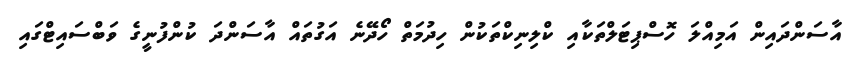
އާސަންދައިން އަމިއްލަ ހޮސްޕިޓަލްތަކާއި ކްލިނިކްތަކުން ހިދުމަތް ހޯދޭނެ އަގުތައް އާސަންދަ ކުންފުނީގެ ވަބްސައިޓްގައި